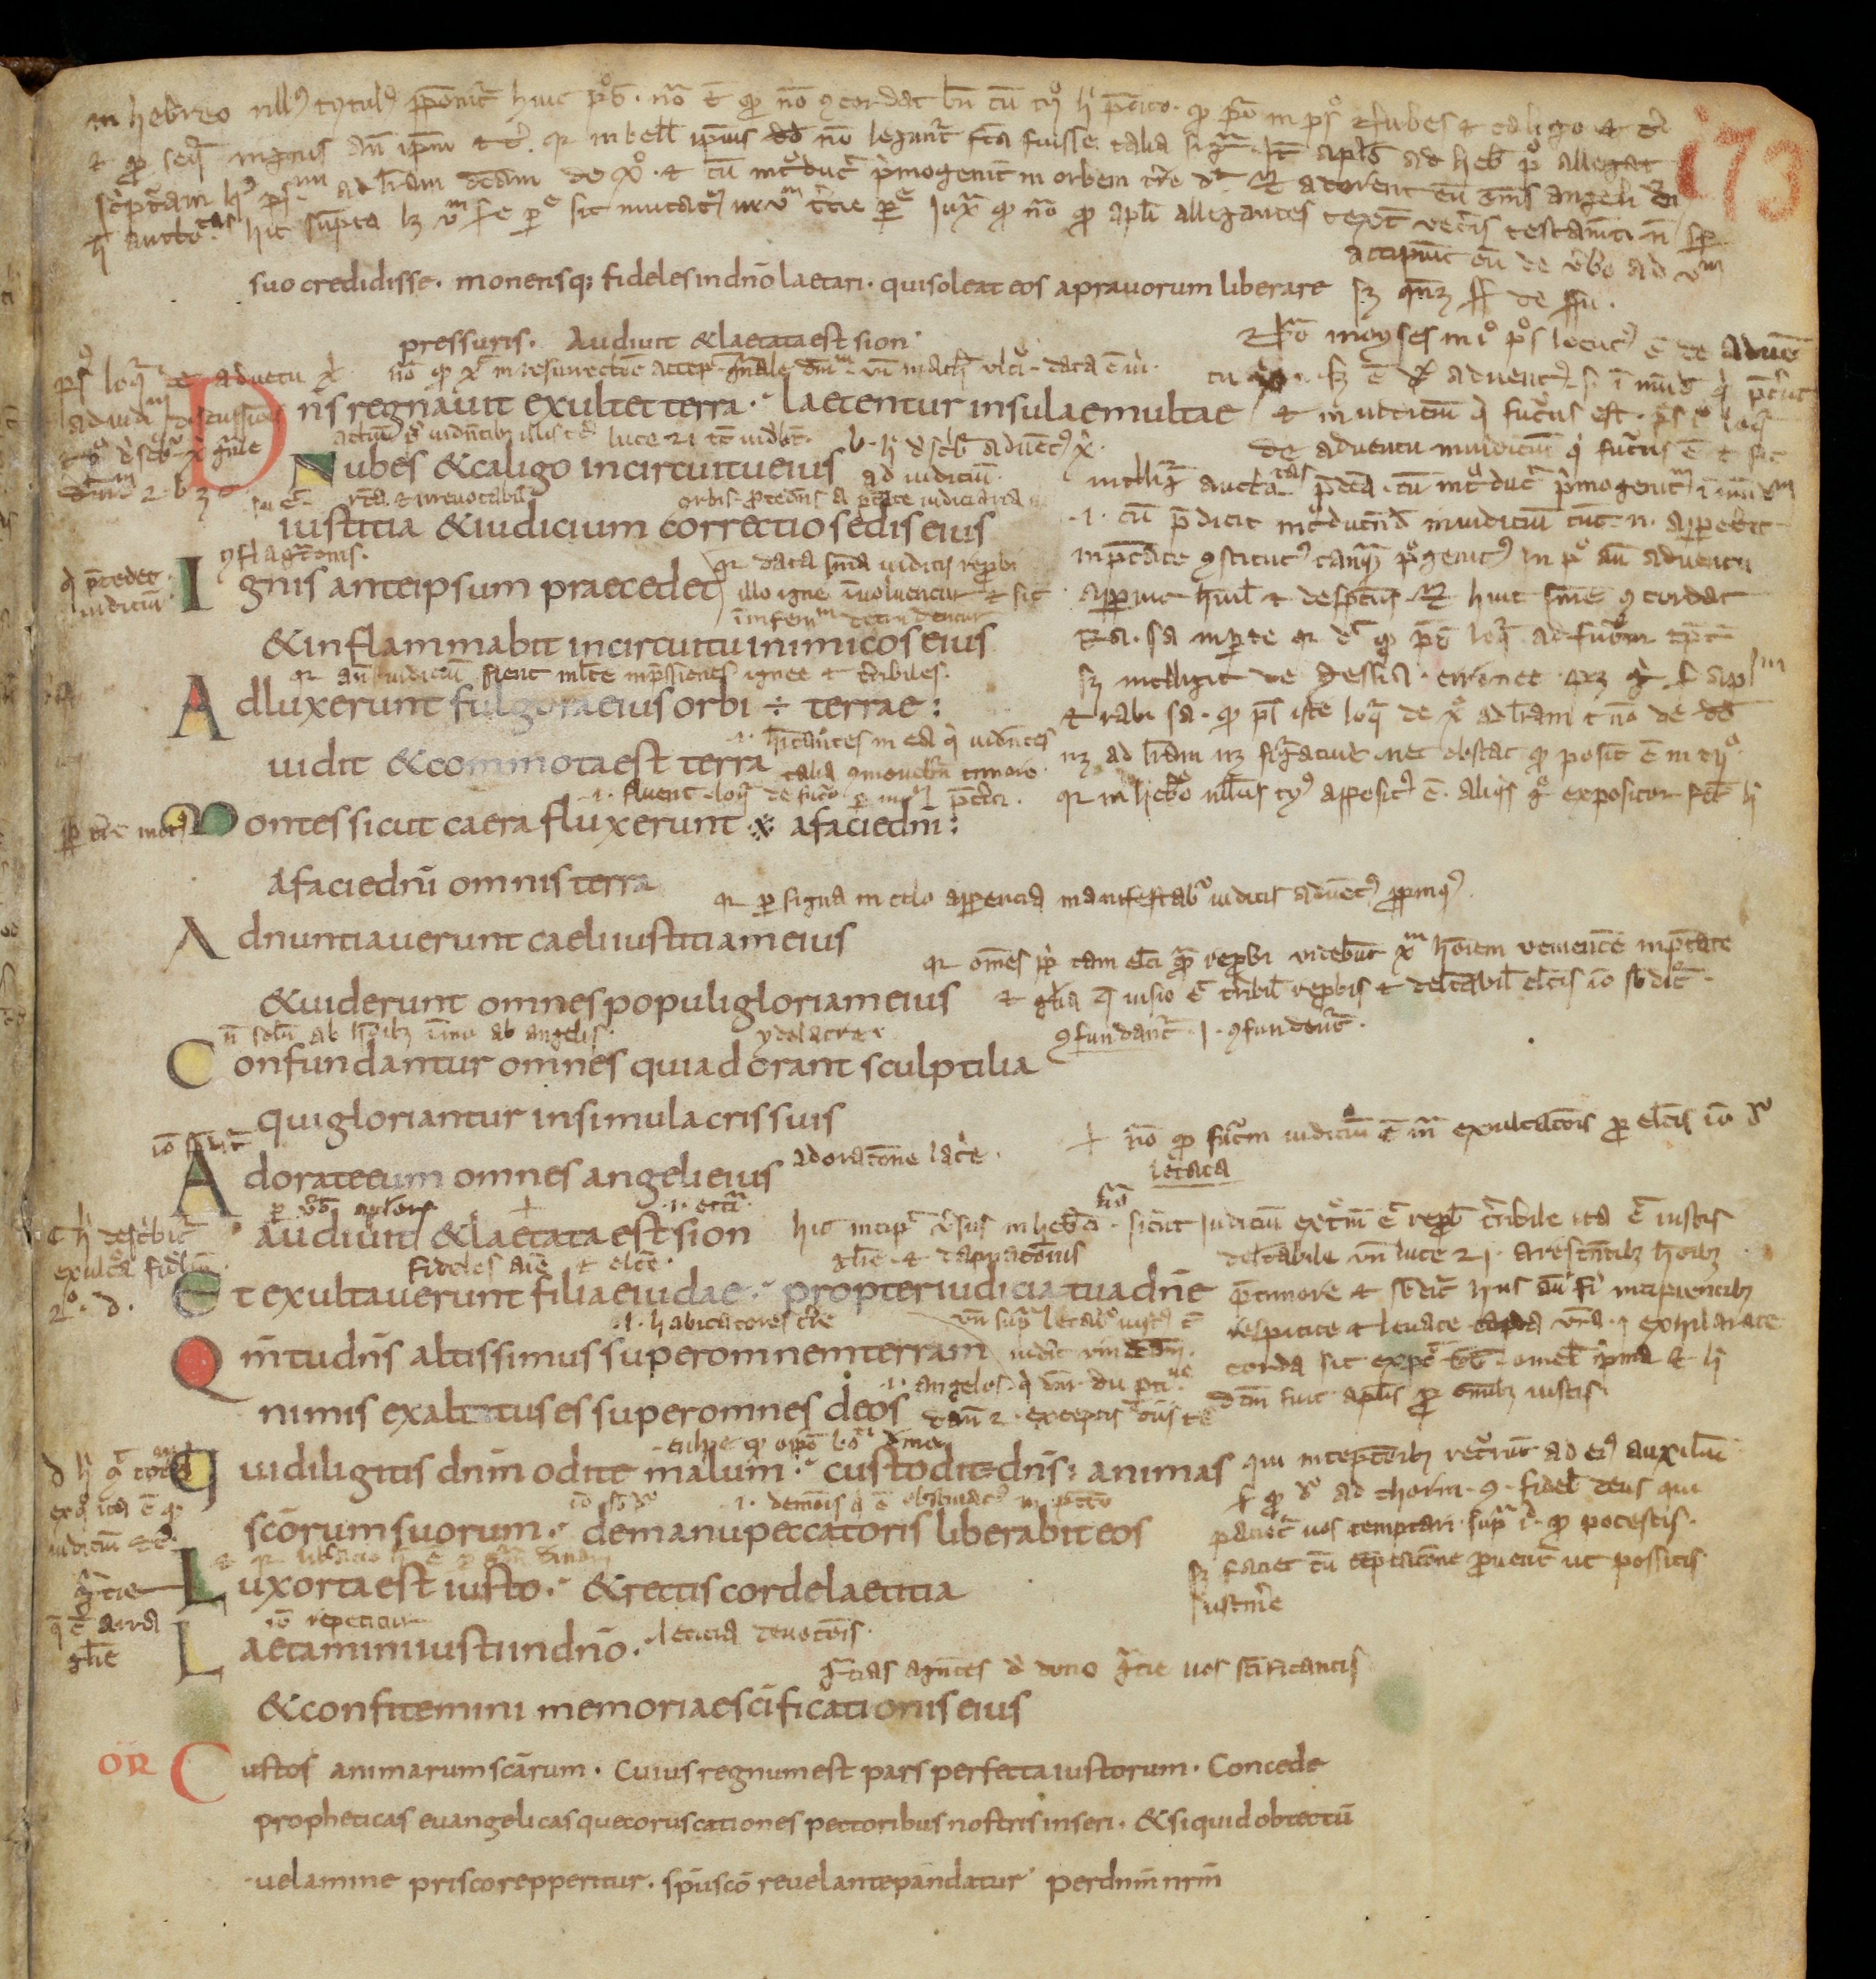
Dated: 800–899